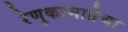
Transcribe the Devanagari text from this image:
रेणुकामातेचा